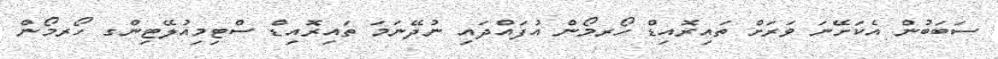
ސަބަބުން އެކަށޭނަ ވަރަށް ތައިރޮއިޑް ހޯރމޯން އުފައްދައި ނުދޭނަމަ ތައިރޮއިޑް ސްޓިމިއުލޭޓިންގ ހޯރމޯން